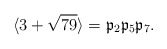
\begin{align*}\langle 3+\sqrt{79}\rangle=\mathfrak{p}_2 \mathfrak{p}_5\mathfrak{p}_7.\end{align*}